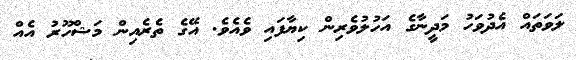
ލަވަތައް އެދުވަހު މަދީނާގެ އަހުލުވެރިން ކިޔާފައި ވެއެވެ. އޭގެ ތެރެއިން މަޝްހޫރު އެއް